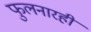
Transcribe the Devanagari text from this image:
फुलनारही